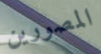
المصورين